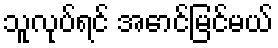
သူလုပ်ရင် အောင်မြင်မယ်